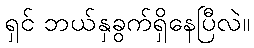
ရှင် ဘယ်နှခွက်ရှိနေပြီလဲ။